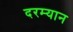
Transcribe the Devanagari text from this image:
दरम्‍यान